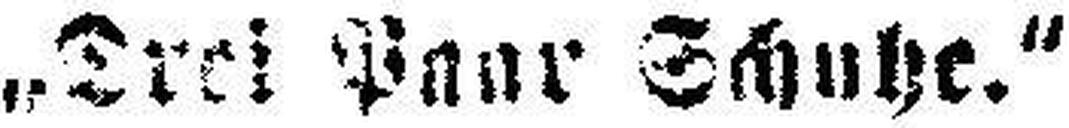
„Drei Paar Schuhe.“